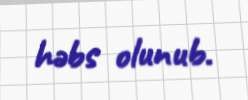
həbs olunub.